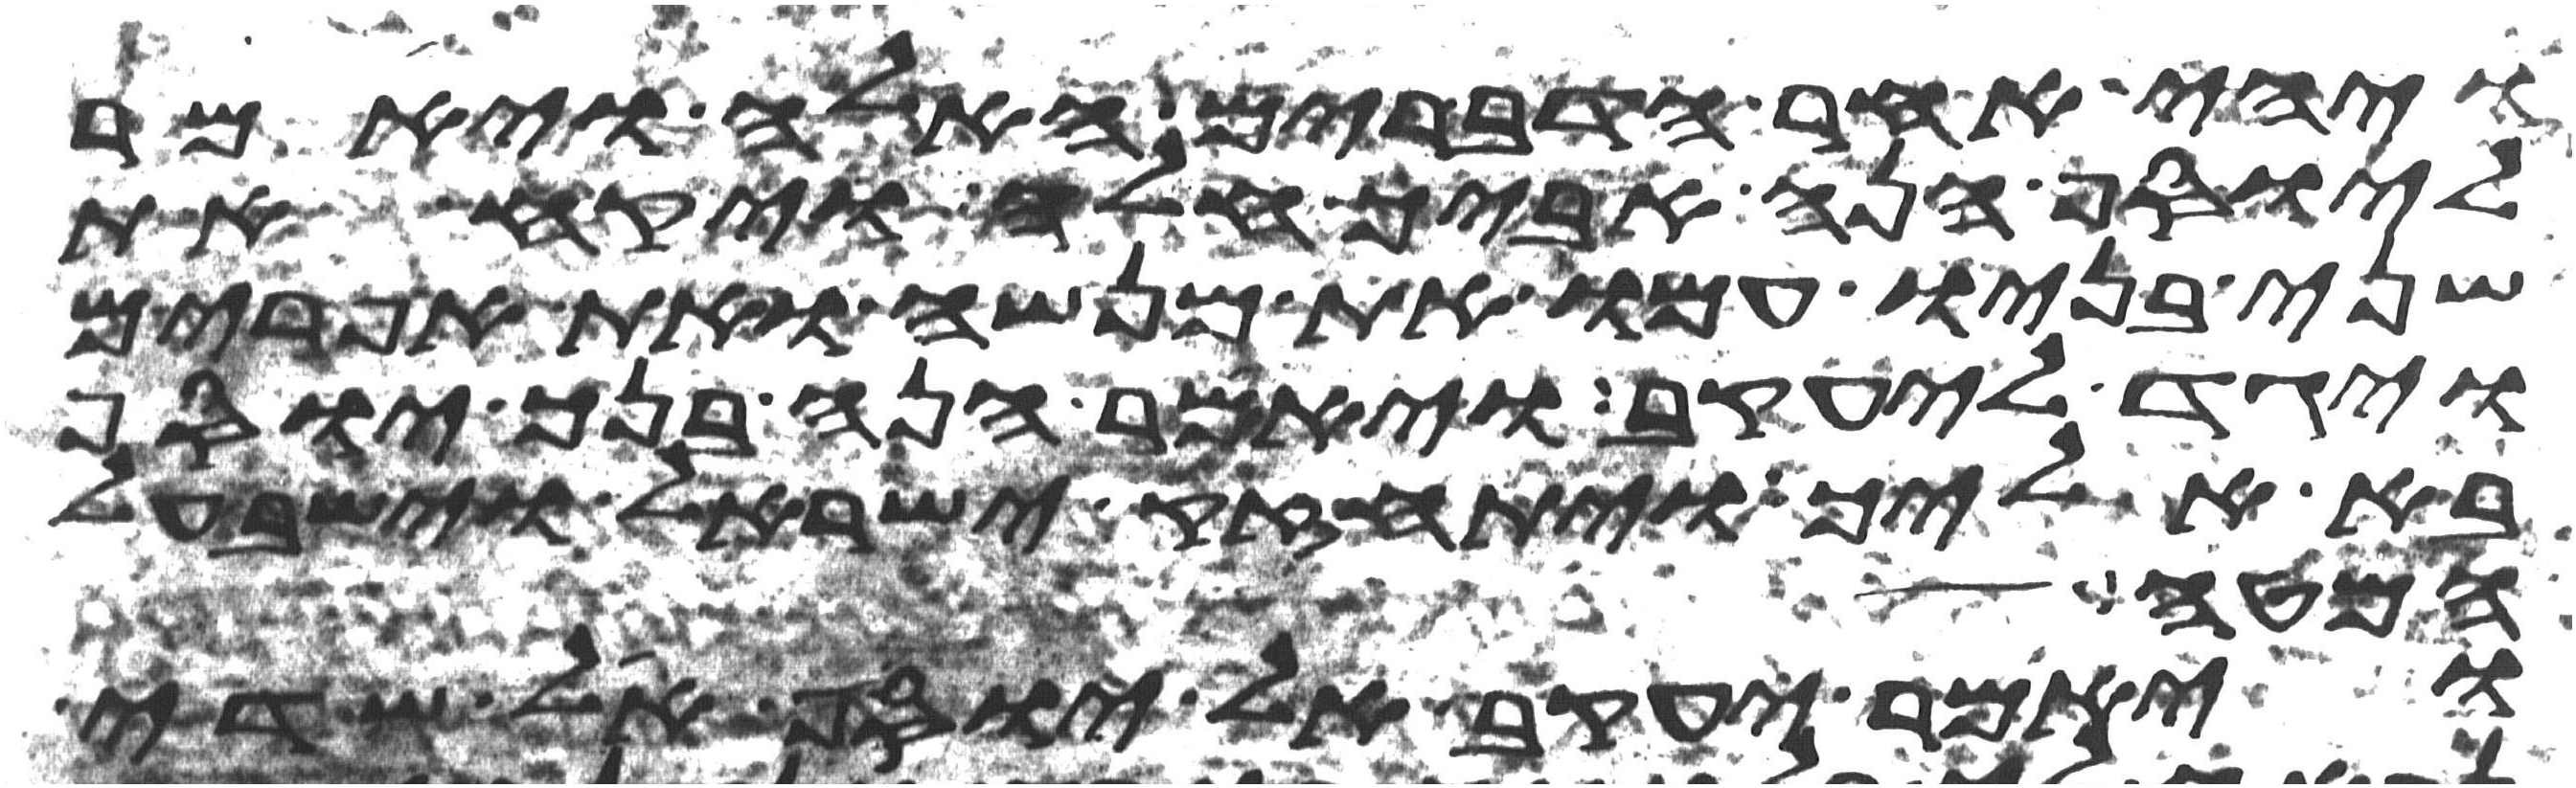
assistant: ויהי אחר הדברים האלה ויאמר
ליוסף הנה אביך חלה ויקח את
שני בניו עמו את מנשה ואת אפרים
ויגד ליעקב ויאמר הנה בנך יוסף
בא אליך ויתחזק ישראל וישב על
המטה
ויאמר יעקב אל יוסף אל שדי